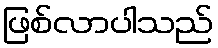
ဖြစ်လာပါသည်